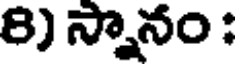
8) స్నానం :